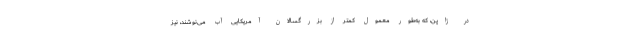
در ژاپن، که به‌طور معمول کمتر از بزرگسالان آمریکایی آب می‌نوشند، نیز